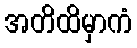
အတိထိမှာကံ